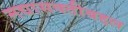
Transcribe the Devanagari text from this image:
मद्यासक्तीबद्दल